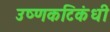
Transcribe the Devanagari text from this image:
उष्णकटिकंधी